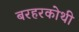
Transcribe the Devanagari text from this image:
बरहरकोथी